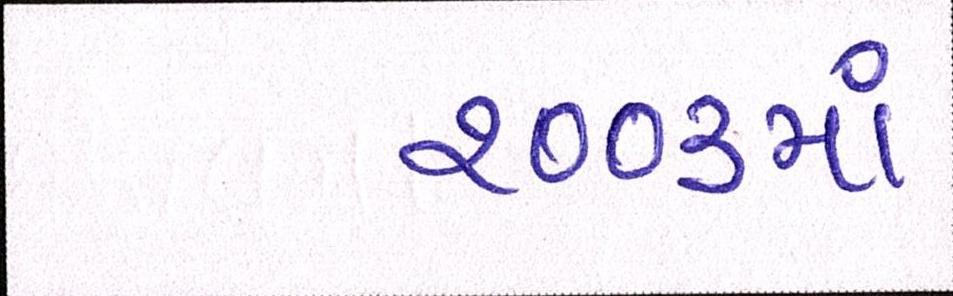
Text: ૨૦૦૩માં